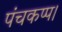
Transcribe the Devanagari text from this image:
पंचकप्प।